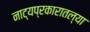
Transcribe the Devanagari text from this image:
नाट्यप्रकारातल्या